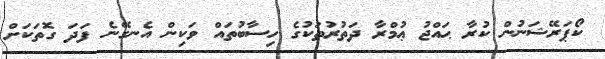
ކޯޕަރޭޝަނުން ކުރާ ޙައްޖު ޢުމްރާ ދަތުރުތަކުގެ ހިސާބުތައް ވަކިން އެނގޭނެ ފަދަ ގޮތަކަށް